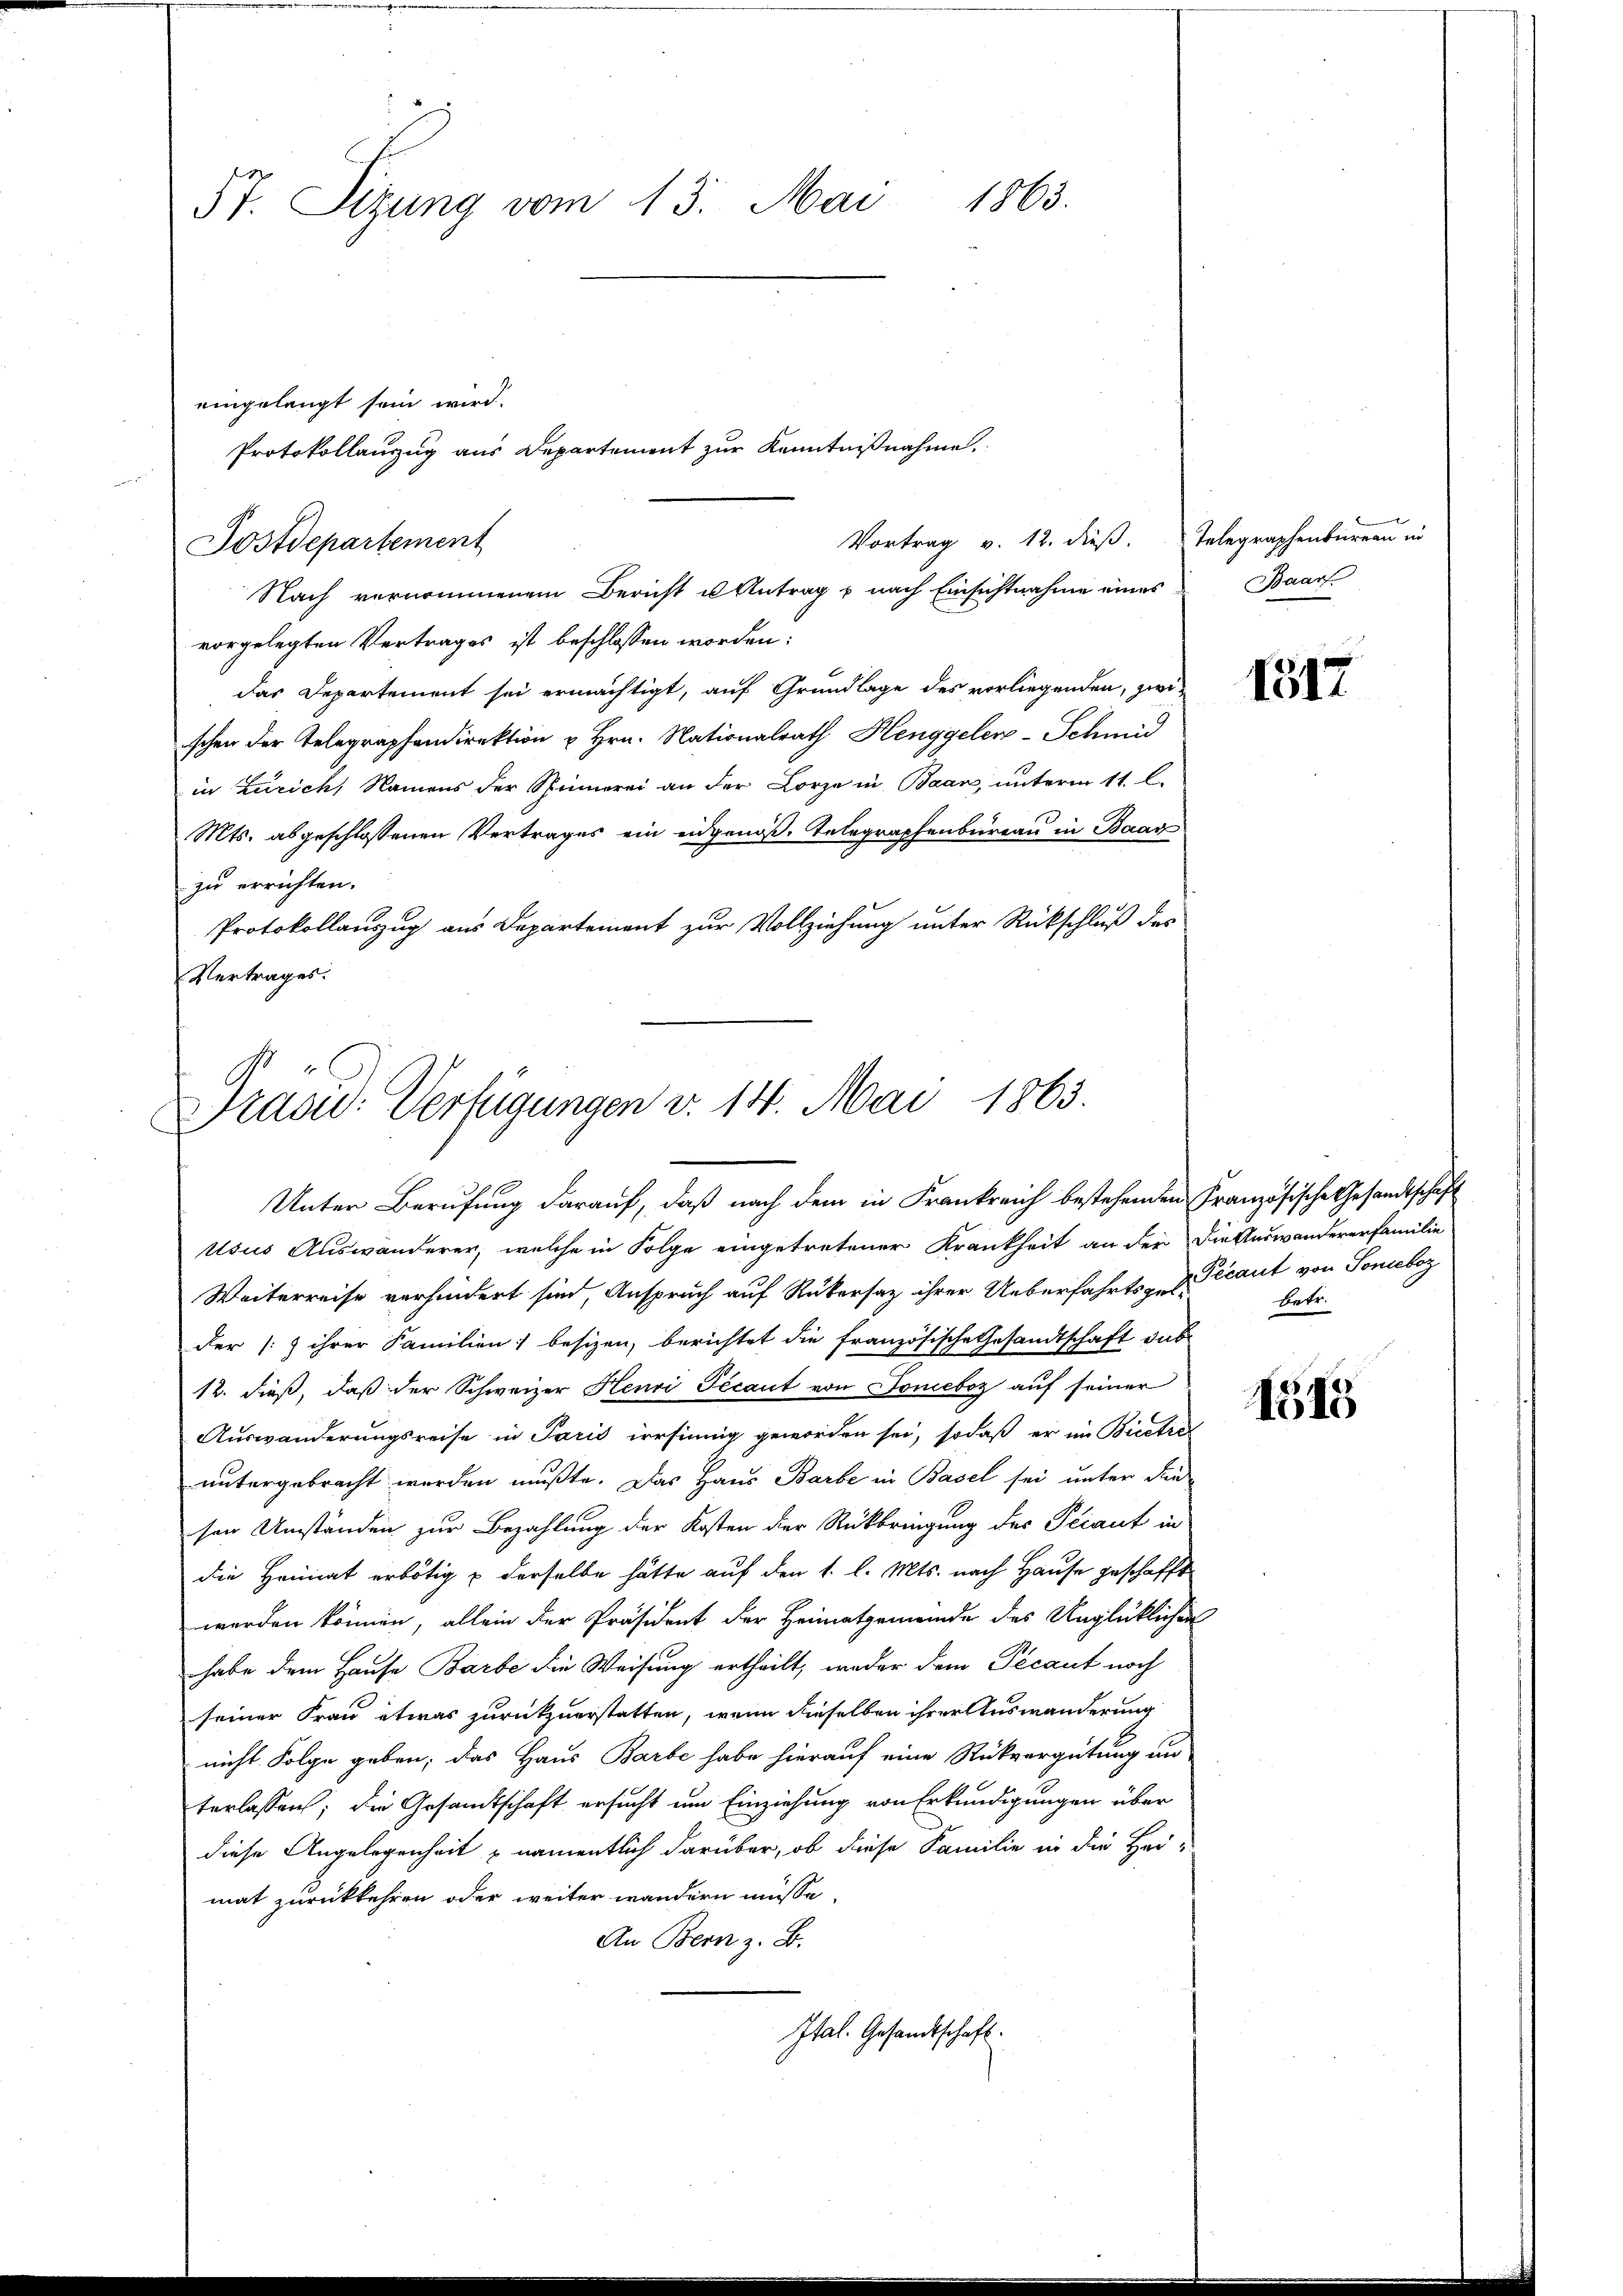
1863.
57. Sitzung vom 13. Mai

eingelangt sein wird.

Vortrag v. 12. dieß. Telegraphenbüreau in
Postdepartement
Nach vernommenem Bericht u Antrag u nach Einsichtnahme eines

Protokollauszug aus Departemont zur Kenntnißnahme.

vorgelegten Vertrages ist beschlossen worden:
das Departement sei ermächtigt, auf Grundlage des vorliegenden, zwischen der Telegraphendirektion u Hrn. Nationalrath Henggeler-Schmid
in Zürich, Namens der Spinnerei an der Lorze in Baan, unterm 11. l.
Mts. abgeschlossenen Vertrages ein eidgenöß-Telegraphenbureau in Baar
zu errichten.
Protokollauszug aus Departement zur Vollziehung unter Rückschluß des
Vertrages.

Tras: Verfügungen v. 14. Mai 1863.
Unter Berufung darauf, daß nach dem in Frankreich bestehenden Französische Gesandtschaft

Usus Auswänderer, welche in Folge eingetretener Krankheit an der Die Glaswandererfamilie
Weiterreise verhindert sind, Anspruch auf Rükersaz ihrer Ueberfahrtsgelder (:) ihrer Familien; besizen, berichtet die französische Gesandtschaft dab
12. dieß, daß der Schweizer Henri Fécant von Joneboz auf seiner
Auswanderungsreise in Paris irrsinnig geworden sei, sodaß er in Bietre
untergebracht werden mußte. Das Haus Barbe in Basel sei unter den
sen Umständen zur Bezahlung der Kosten der Rückbringung des Pciant in
die Heimat erbötig & derselbe hätte auf den 1. l. Mts. nach Hause geschafft
werden können, allein der Präsident der Heimatgemeinde des Unglücklichen
habe dem Hause Barbe die Weisung ertheilt, weder dem Pecant noch
seiner Frau etwas zurückzuerstatten, wenn dieselben ihrer Auswanderung
nicht Folge geben; das Haus Barbe habe hierauf eine Rückvergütung un
terlassen; die Gesamtschaft ersucht um Einziehung von Erkundigungen über
diese Angelegenheit namentlich darüber, ob diese Familie in die Hei-
mat zurückkehren oder weiter wandern müsse.
An Bern z. B.
Ital. Gesandtschaft

Baar.

1312

1515

Pecaut von Soneboz
betr.